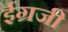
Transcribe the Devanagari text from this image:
ईग्रजी